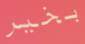
بخير